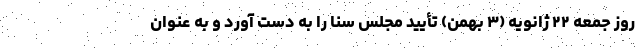
روز جمعه ۲۲ ژانویه (۳ بهمن) تأیید مجلس سنا را به دست آورد و به عنوان